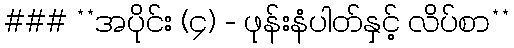
### **အပိုင်း (၄) - ဖုန်းနံပါတ်နှင့် လိပ်စာ**